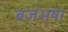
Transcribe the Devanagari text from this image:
ब्रजभषा